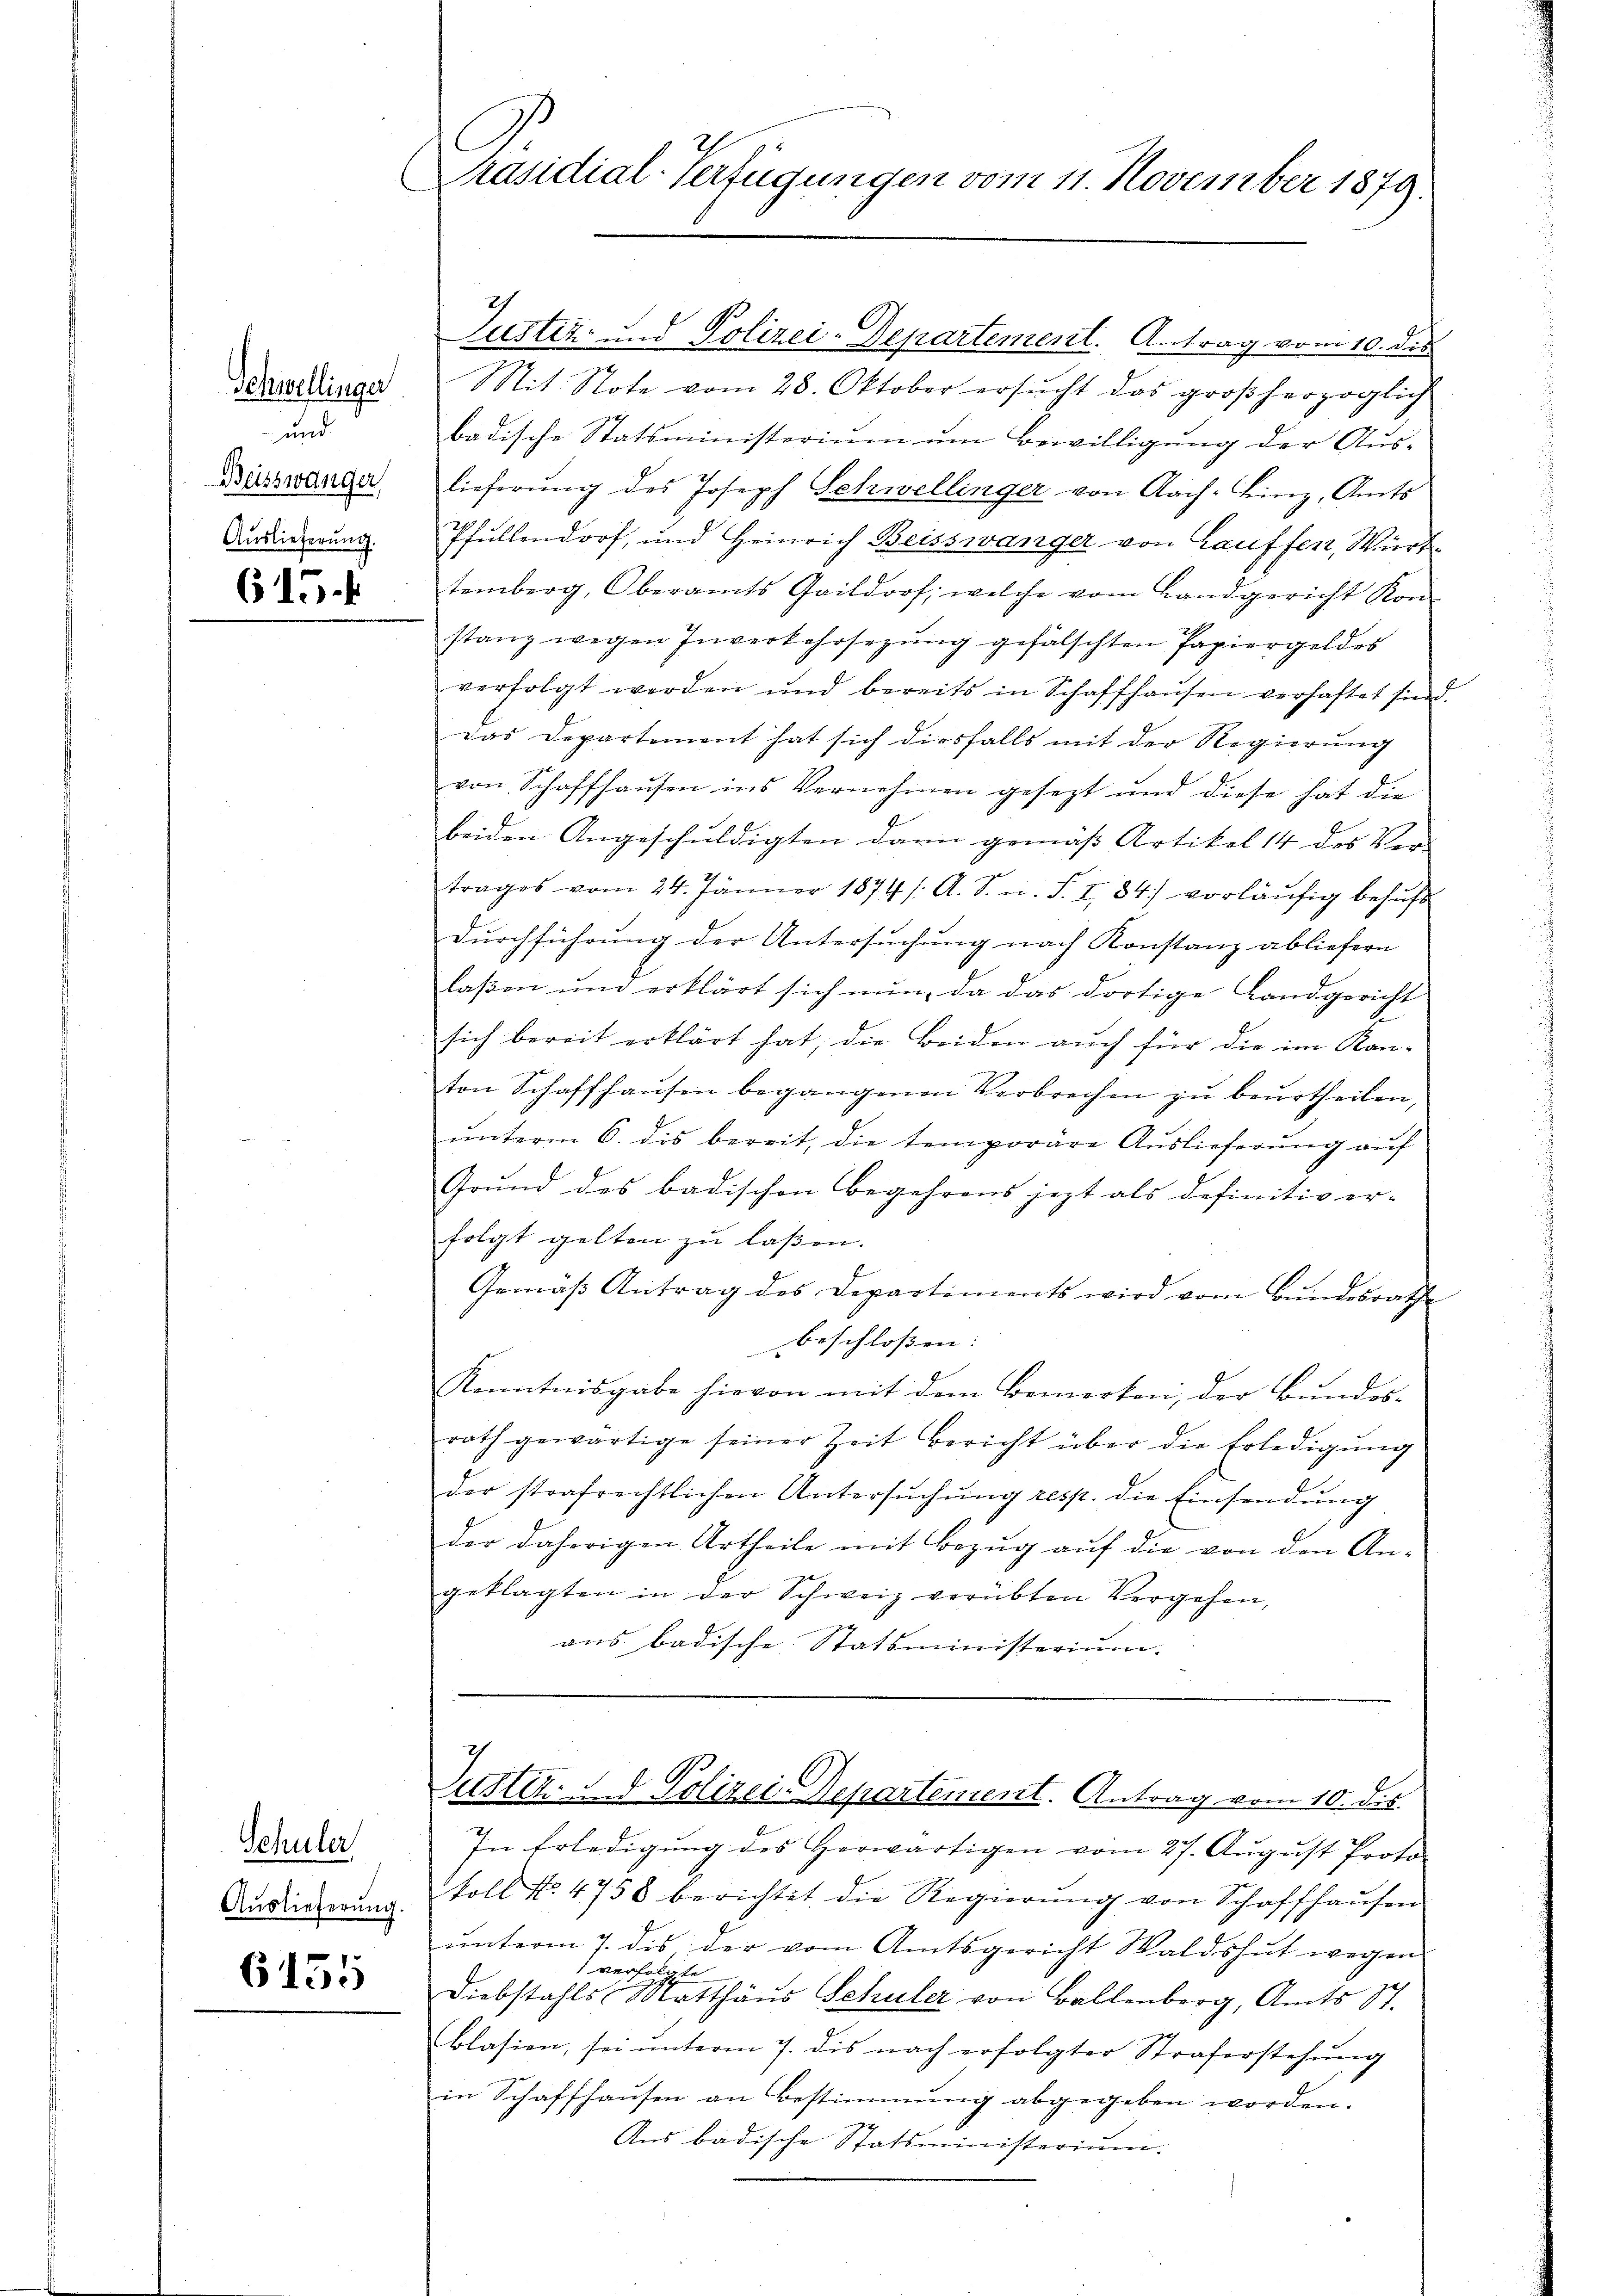
Schwellinger
und
Beisswänger
Auslieferung.

615.

Schüler
Auslieferŭng.

6155

Präsidial-Verfügungen vom 11. November 1879.
e

Justiz- und Polizei-Departement. Antrag vom 10. dis
it Note vom 28. Oktober ersucht das großherzoglich
badische Statsministerium um Bewilligung der Aus-
lieferung des Joseph Schwellinger von Nach-Linz, Amts
Pfüllendorf, und Heinrich Beisswänger von Lauffen, Wirt
temberg, Oberamts Gaildorf, welche vom Landgericht Kon-
stanz wegen Inverkehrsezung gefälschten Papiergeldes
verfolgt werden und bereits in Schaffhausen verhaftet sind.
das Departement hat sich diesfalls mit der Regierung
von Schaffhausen ins Vernehmen gesezt und diese hat die
beiden Angeschuldigten darn gemäß Artikel 14 des Ver-
trages vom 24. Jänner 1874 /: A. S. n. F. I 84) vorläŭfig behŭf
Dŭrchführung der Untersuchung nach Konstanz abliefern
laßen und erklärt sich nun, da das dortige Landgericht
sich bereit erklärt hat; die Beiden auch für die im Kan-
ton Schaffhausen begangenen Verbrechen zu beurtheilen,
ŭnterm 6. des bereit, die temporäre Aŭslieferŭng aŭf
Grund des badischen Begehrens jezt als definitiv er-
folgt gelten zu lassen.
Gemäβ Antrag des Departiments wird vom Bŭndesrathe
beschlossen:
Kenntnisgabe hievon mit dem Bemerken, der Bundes-
rath gewärtige seiner Zeit bericht über die Erledigŭng
der strafrechtlichen Untersŭchŭng resp. die Einsendung
der daherigen Urtheile mit Bezug auf die von den An-
geklagten in der Schweiz verübten Vergehen,
aus badische Statsministerium.

Sutter d. d. Polizei-Departement. Antrag vom 10. ds.

In Erledigung des Herwärtigen vom 27. August Proto
koll No 4758 berichtet die Regierŭng von Schaffhaŭsen
unterm 7. des der vom Amtsgericht Waldshut wegen
verfolgte
Diebstahls Matthäus Schuler von Ballenberg, Amts St.
blasien, sei ŭnterm 7. dis nach erfolgter Straferstehung
in Schaffhausen an Bestimmung abgegeben worden.
Aus badische Statsministerium.
s